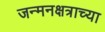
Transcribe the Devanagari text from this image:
जन्मनक्षत्राच्या